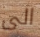
الى